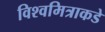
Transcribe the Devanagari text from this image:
विश्वमित्राकडे